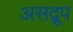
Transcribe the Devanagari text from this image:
असद्रूप